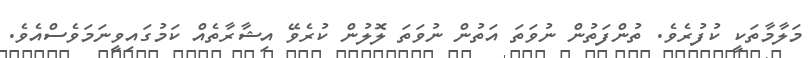
މަލާމާތަކީ ކުފުރެވެ. ތުންފަތުން ނުވަތަ އަތުން ނުވަތަ ލޮލުން ކުރެވޭ އިޝާރާތެއް ކަމުގައިވީނަމަވެސްއެވެ.